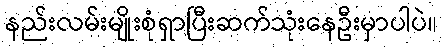
နည်းလမ်းမျိုးစုံရှာပြီးဆက်သုံးနေဦးမှာပါပဲ။